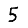
Digit: 5